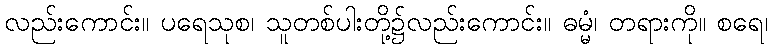
လည်းကောင်း။ ပရေသုစ၊ သူတစ်ပါးတို့၌လည်းကောင်း။ ဓမ္မံ၊ တရားကို။ စရေ၊